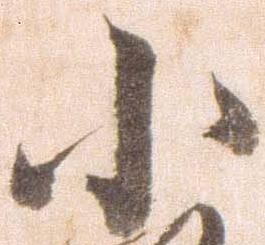
小